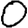
Digit: 0